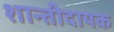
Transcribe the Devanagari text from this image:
शान्तीदायक